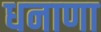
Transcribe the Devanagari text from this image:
धनाणा